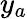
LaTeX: y_{a}